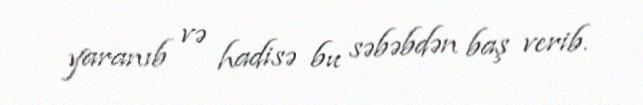
yaranıb və hadisə bu səbəbdən baş verib.